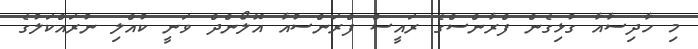
މި ހާދިސާއާ ގުޅިގެން ފްރާންސްގެ ރައީސް ފްރަންސުއާ އޮލޯންދް ވަނީ ކުއްލި ނުރައްކަލުގެ